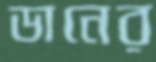
ডানের